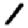
Digit: 1